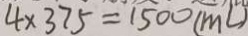
4 \times 3 7 5 = 1 5 0 0 ( m l )